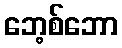
ဘေ့စ်ဘော